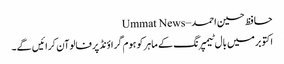
حافظ حسین احمد – Ummat News
اکتوبرمیں بال ٹیمپرنگ کے ماہر کو ہوم گراؤنڈ پرفالوآن کرائیں گے۔